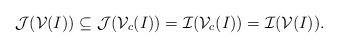
LaTeX: \begin{align*}\mathcal{J}(\mathcal{V}(I))\subseteq \mathcal{J}(\mathcal{V}_c(I))= \mathcal{I}(\mathcal{V}_c(I))=\mathcal{I}(\mathcal{V}(I)).\end{align*}